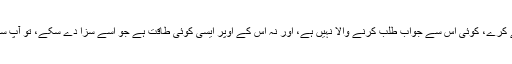
اگر کسی شخص کو یقین ہوجائے کہ وہ جو چاہے کرے، کوئی اس سے جواب طلب کرنے والا نہیں ہے، اور نہ اس کے اوپر ایسی کوئی طاقت ہے جو اسے سزا دے سکے، تو آپ سمجھ سکتے ہیں کہ وہ شتر بے مہار بن جائے گا۔